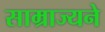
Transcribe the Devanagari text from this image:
साम्राज्यने